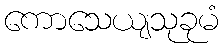
ကောသေယျသုခုမံ